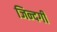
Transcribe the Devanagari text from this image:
जिन्‍दगी